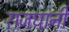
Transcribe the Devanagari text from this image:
राजघानी